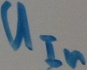
Text: UIn